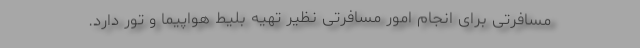
مسافرتی برای انجام امور مسافرتی نظیر تهیه بلیط هواپیما و تور دارد.